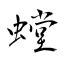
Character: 螳